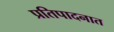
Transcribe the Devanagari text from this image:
प्रतिपादनात